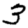
Digit: 3